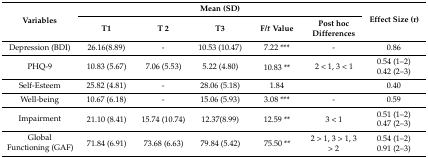
<table><thead><tr><td rowspan="2"><b>Variables</b></td><td colspan="5"><b>Mean (SD)</b></td><td rowspan="2"><b>Effect Size (r)</b></td></tr><tr><td><b>T1</b></td><td><b>T 2</b></td><td><b>T3</b></td><td><b>F/<i>t</i> Value</b></td><td><b>Post hoc Differences</b></td></tr></thead><tbody><tr><td>Depression (BDI)</td><td>26.16(8.89)</td><td>-</td><td>10.53 (10.47)</td><td>7.22 ***</td><td>-</td><td>0.86</td></tr><tr><td rowspan="2">PHQ-9</td><td rowspan="2">10.83 (5.67)</td><td rowspan="2">7.06 (5.53)</td><td rowspan="2">5.22 (4.80)</td><td rowspan="2">10.83 **</td><td rowspan="2">2 &lt; 1, 3 &lt; 1</td><td>0.54 (1–2)</td></tr><tr><td>0.42 (2–3)</td></tr><tr><td>Self-Esteem</td><td>25.82 (4.81)</td><td>-</td><td>28.06 (5.18)</td><td>1.84</td><td></td><td>0.40</td></tr><tr><td>Well-being</td><td>10.67 (6.18)</td><td>-</td><td>15.06 (5.93)</td><td>3.08 ***</td><td>-</td><td>0.59</td></tr><tr><td rowspan="2">Impairment</td><td rowspan="2">21.10 (8.41)</td><td rowspan="2">15.74 (10.74)</td><td rowspan="2">12.37(8.99)</td><td rowspan="2">12.59 **</td><td rowspan="2">3 &lt; 1</td><td>0.51 (1–2)</td></tr><tr><td>0.47 (2–3)</td></tr><tr><td rowspan="2">Global Functioning (GAF)</td><td rowspan="2">71.84 (6.91)</td><td rowspan="2">73.68 (6.63)</td><td rowspan="2">79.84 (5.42)</td><td rowspan="2">75.50 **</td><td rowspan="2">2 &gt; 1, 3 &gt; 1, 3 &gt; 2</td><td>0.54 (1–2)</td></tr><tr><td>0.91 (2–3)</td></tr></tbody></table>